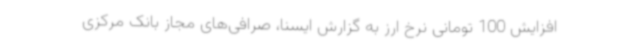
افزایش 100 تومانی نرخ ارز به گزارش ایسنا، صرافی‌های مجاز بانک مرکزی